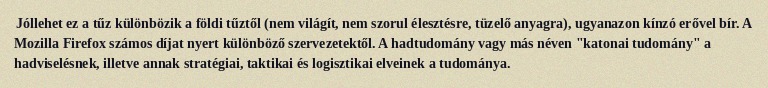
Jóllehet ez a tűz különbözik a földi tűztől (nem világít, nem szorul élesztésre, tüzelő anyagra), ugyanazon kínzó erővel bír. A Mozilla Firefox számos díjat nyert különböző szervezetektől. A hadtudomány vagy más néven "katonai tudomány" a hadviselésnek, illetve annak stratégiai, taktikai és logisztikai elveinek a tudománya.